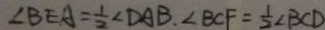
\angle B E A = \frac { 1 } { 2 } \angle D A B , \angle B C F = \frac { 1 } { 2 } \angle B C D